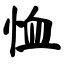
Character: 恤